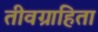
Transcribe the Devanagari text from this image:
तीवग्राहिता